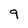
Character: 9